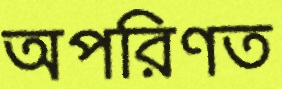
অপরিণত